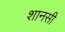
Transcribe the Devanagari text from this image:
शानसी